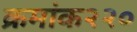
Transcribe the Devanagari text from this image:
क्रमांक२२०